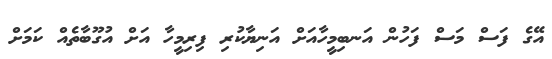
އޭގެ ފަސް މަސް ފަހުން އަނބިމީހާއަށް އަނިޔާކުރި ފިރިމީހާ އަށް އުގޫބާތެއް ކަމަށް